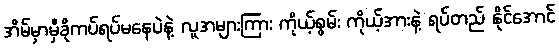
အိမ်မှာမှီခိုကပ်ရပ်မနေပဲနဲ့ လူအများကြား ကိုယ့်စွမ်း ကိုယ့်အားနဲ့ ရပ်တည် နိုင်အောင်